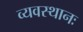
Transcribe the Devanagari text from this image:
व्यवस्थानः